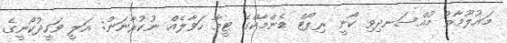
މައުލޫމާތު މުއްސަނދިވި ކޯނީ ރިޕޯޓް ޑެންމާކްގެ ޓީމާ ހަވާލެއް ނުކުރާނަން: އަލީ ވަހީދުކޯނީގެ